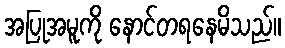
အပြုအမူကို နောင်တရနေမိသည်။